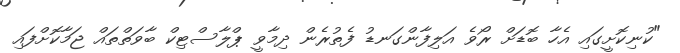
"ކުނިކޮށީގައި އެހާ ބޮޑަށް ރޯވެ އަލިފާންގަނޑު ފެތުރެން ދިމާވީ ޕްލާސްޓިކް ބާވަތްތައް ޖަމާކޮށްފައި